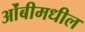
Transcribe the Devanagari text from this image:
ओंबीमधील